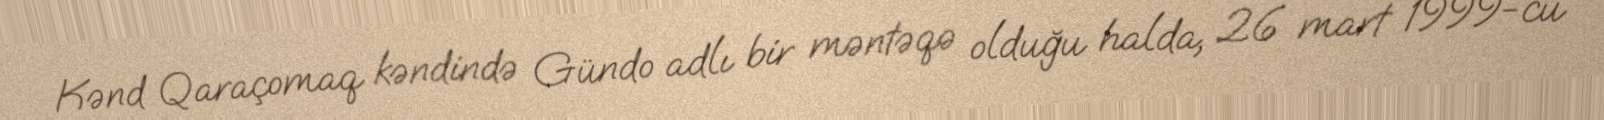
Kənd Qaraçomaq kəndində Gündo adlı bir məntəqə olduğu halda, 26 mart 1999-cu